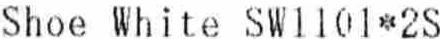
SHOE WHITE SW1101*2S